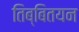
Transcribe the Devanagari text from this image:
तिब्बितयन